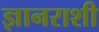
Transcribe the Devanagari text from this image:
ज्ञानराशी